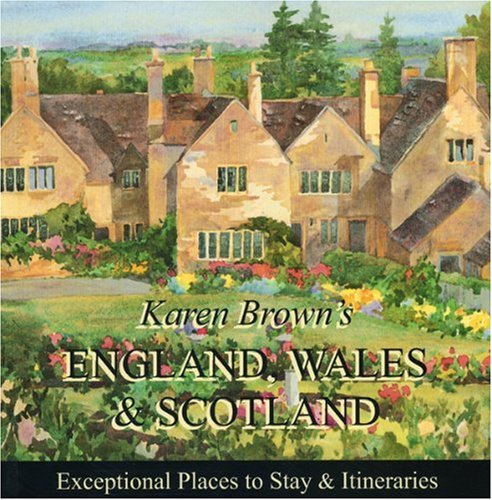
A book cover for Karen Brown's England, Wales & Scotland 2010: Exceptional Places to Stay & Itineraries (Karen Brown's England, Wales & Scotland: Exceptional Places to Stay & Itineraries); June Eveleigh Brown; Travel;